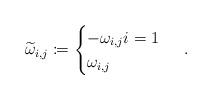
LaTeX: \begin{align*}\widetilde{\omega}_{i,j} \coloneqq \begin{cases}- \omega_{i,j} i = 1 \cr\omega_{i,j} \end{cases} \; .\end{align*}